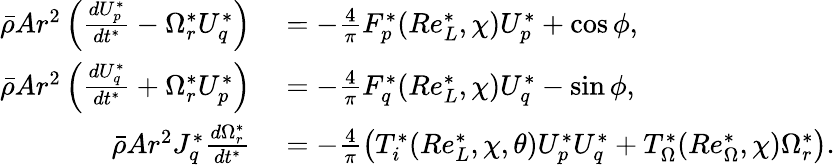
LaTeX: \begin{array}{rl}{\bar{\rho}Ar^{2}\left(\frac{dU_{p}^{*}}{dt^{*}}-\Omega_{r}^{*}U_{q}^{*}\right)}&{{}=-\frac{4}{\pi}F_{p}^{*}(Re_{L}^{*},\chi)U_{p}^{*}+\cos\phi,}\\ {\bar{\rho}Ar^{2}\left(\frac{dU_{q}^{*}}{dt^{*}}+\Omega_{r}^{*}U_{p}^{*}\right)}&{{}=-\frac{4}{\pi}F_{q}^{*}(Re_{L}^{*},\chi)U_{q}^{*}-\sin\phi,}\\ {\bar{\rho}Ar^{2}J_{q}^{*}\frac{d\Omega_{r}^{*}}{dt^{*}}}&{{}=-\frac{4}{\pi}\left(T_{i}^{*}(Re_{L}^{*},\chi,\theta)U_{p}^{*}U_{q}^{*}+T_{\Omega}^{*}(Re_{\Omega}^{*},\chi)\Omega_{r}^{*}\right).}\end{array}